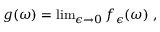
\begin{array} { r } { g ( \omega ) = \operatorname* { l i m } _ { \epsilon \to 0 } f _ { \epsilon } ( \omega ) \ , } \end{array}